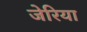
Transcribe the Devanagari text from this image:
जेरिया